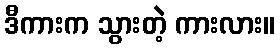
ဒီကားက သွားတဲ့ ကားလား။